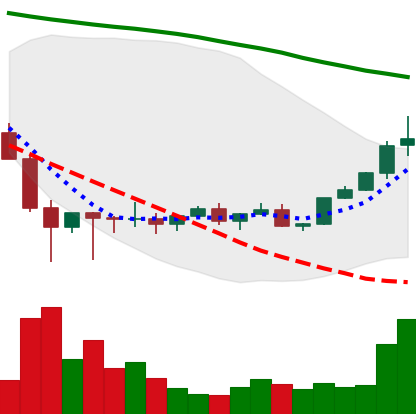
Ticker: XLM-USD
Chart end date: 2022-02-08
Forward return: -12.843%
Label: down_7plus